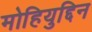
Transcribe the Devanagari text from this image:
मोहियुद्दिन